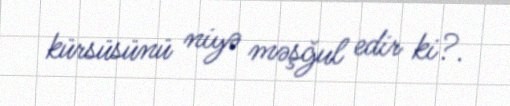
kürsüsünü niyə məşğul edir ki?.